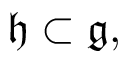
{ \mathfrak { h } } \subset { \mathfrak { g } } ,